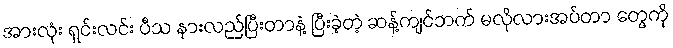
အားလုံး ရှင်းလင်း ပီသ နားလည်ပြီးတာနဲ့ ပြီးခဲ့တဲ့ ဆန့်ကျင်ဘက် မလိုလားအပ်တာ တွေကို